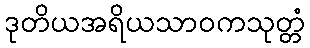
ဒုတိယအရိယသာဝကသုတ္တံ